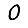
Digit: 0